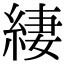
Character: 緀